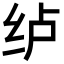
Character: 𮉡